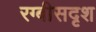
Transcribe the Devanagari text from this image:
रग्बीसदृश